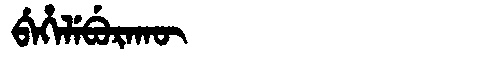
Manchu: ᠪᡝᡥᡝᠯᡝᠪᡠᡵᠠᡴᡡ
Romanization: BEHELEBURAKŪ